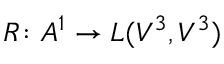
R \colon A ^ { 1 } \to L ( V ^ { 3 } , V ^ { 3 } )